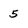
Character: 5